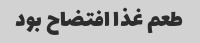
طعم غذا افتضاح بود